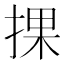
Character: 捰